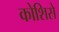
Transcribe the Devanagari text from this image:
कोशिसे